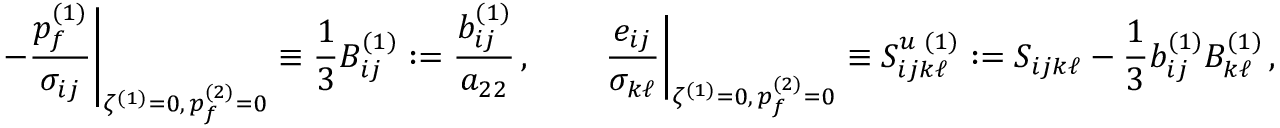
\left. - \frac { p _ { f } ^ { ( 1 ) } } { \sigma _ { i j } } \right| _ { \zeta ^ { ( 1 ) } = 0 , \, p _ { f } ^ { ( 2 ) } = 0 } \equiv \frac { 1 } { 3 } B _ { i j } ^ { ( 1 ) } : = \frac { b _ { i j } ^ { ( 1 ) } } { a _ { 2 2 } } \, , \qquad \left. \frac { e _ { i j } } { \sigma _ { k \ell } } \right| _ { \zeta ^ { ( 1 ) } = 0 , \, p _ { f } ^ { ( 2 ) } = 0 } \equiv S _ { i j k \ell } ^ { u \, \, ( 1 ) } : = S _ { i j k \ell } - \frac { 1 } { 3 } b _ { i j } ^ { ( 1 ) } B _ { k \ell } ^ { ( 1 ) } \, ,